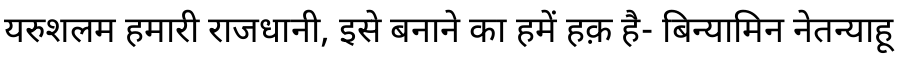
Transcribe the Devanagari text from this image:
यरुशलम हमारी राजधानी, इसे बनाने का हमें हक़ है- बिन्यामिन नेतन्याहू